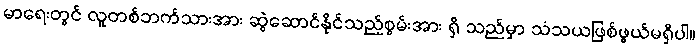
မာရေးတွင် လူတစ်ဘက်သားအား ဆွဲဆောင်နိုင်သည့်စွမ်းအား ရှိ သည်မှာ သံသယဖြစ်ဖွယ်မရှိပါ။